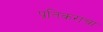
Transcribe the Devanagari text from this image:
प्रतिकराचा